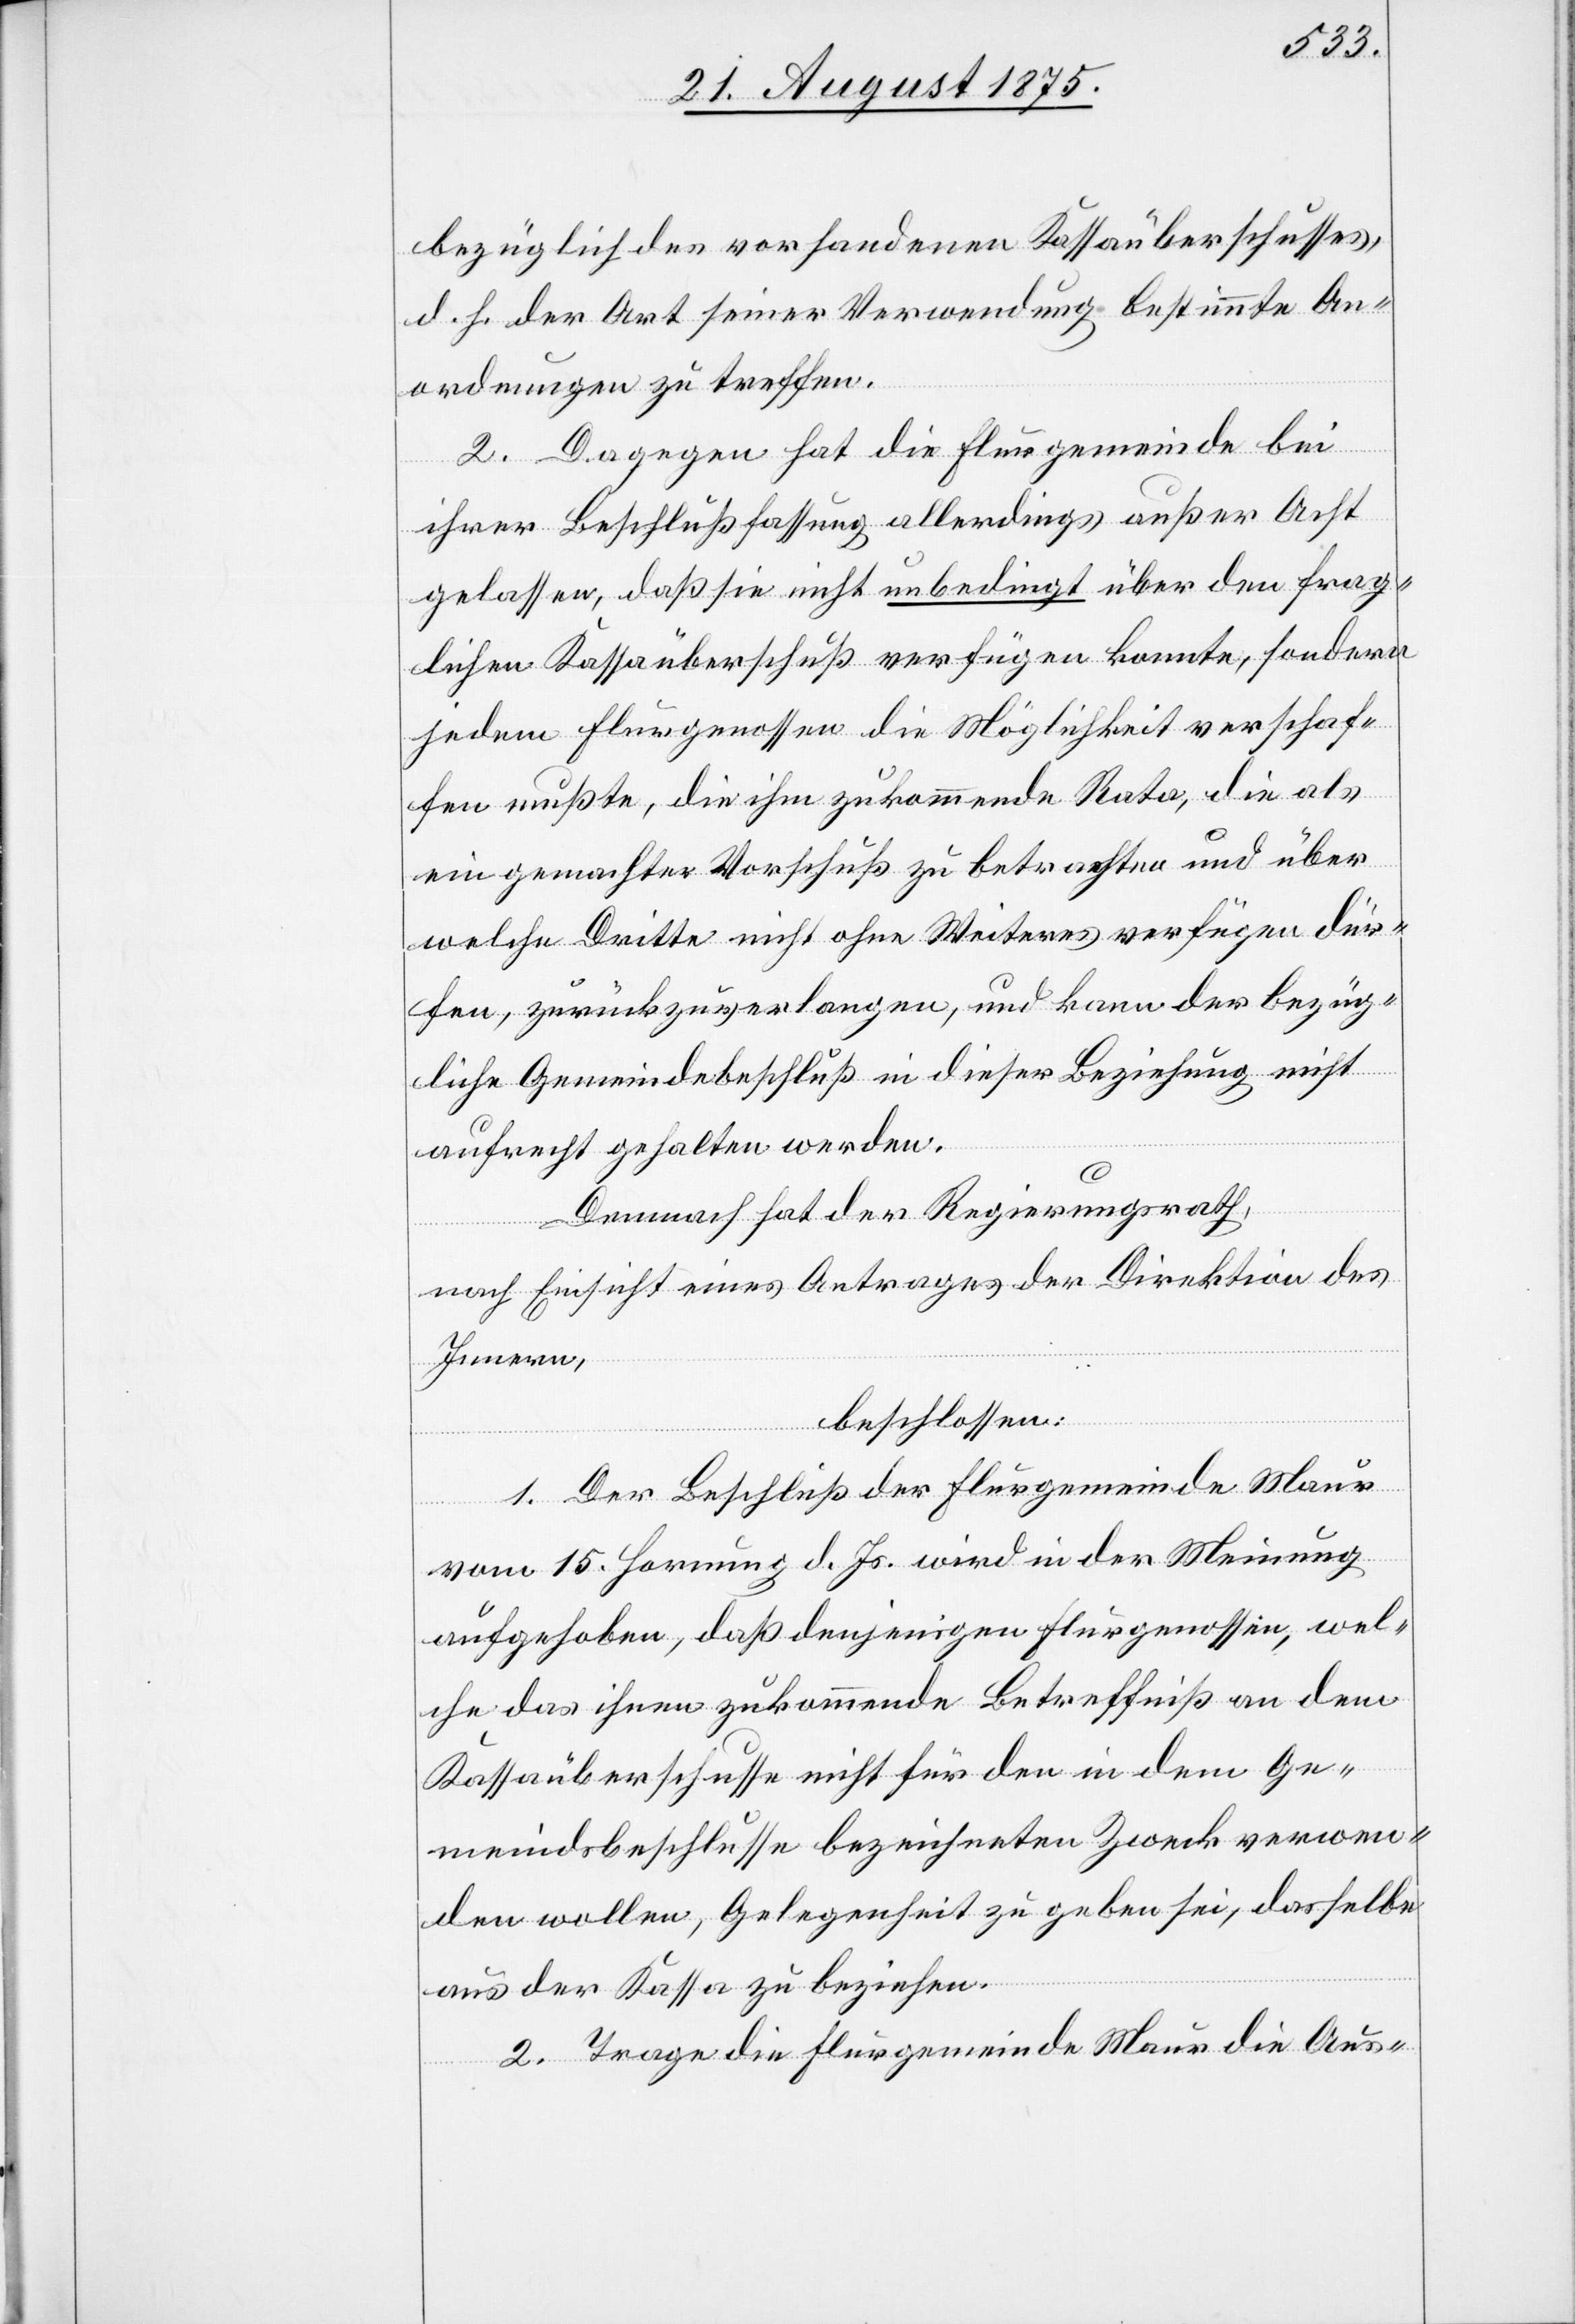
bezüglich des vorhandenen Kassaüberschusses,
d. h. der Art seiner Verwendung bestimmte An¬
ordnungen zu treffen.
2. Dagegen hat die Flurgemeinde bei
ihrer Beschlußfassung allerdings außer Acht
gelassen, daß sie nicht unbedingt über den frag¬
lichen Kassaüberschuß verfügen konnte, sondern
jedem Flurgenossen die Möglichkeit verschaf¬
fen mußte, die ihm zukommende Rata, die als
ein gemachter Vorschuß zu betrachten und über
welche Dritte nicht ohne Weiteres verfügen dür¬
fen, zurückzuverlangen und kann der bezüg¬
liche Gemeindebeschluß in dieser Beziehung nicht
aufrecht gehalten werden.
Demnach hat der Regierungsrath,
nach Einsicht eines Antrages der Direktion des
Innern,
beschlossen:
1. Der Beschluß der Flurgemeinde Maur
vom 15. Hornung d. Js. wird in der Meinung
aufgehoben, daß denjenigen Flurgenossen, wel¬
che das ihnen zukommende Betreffniß an dem
Kassaüberschusse nicht für den in dem Ge¬
meindsbeschlusse bezeichneten Zweck verwen¬
den wollen, Gelegenheit zu geben sei, dasselbe
aus der Kassa zu beziehen.
2. Trage die Flurgemeinde Maur die Aus-